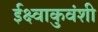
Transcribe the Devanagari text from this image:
ईक्ष्वाकुवंशी